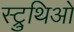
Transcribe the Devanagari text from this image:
स्ट्रुथिओ